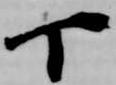
丁